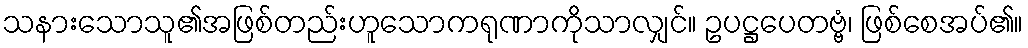
သနားသောသူ၏အဖြစ်တည်းဟူသောကရုဏာကိုသာလျှင်။ ဥပဋ္ဌပေတဗ္ဗံ၊ ဖြစ်စေအပ်၏။